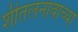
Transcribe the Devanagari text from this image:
शीतलनावाच्या